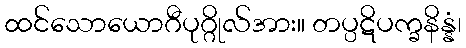
ထင်သောယောဂီပုဂ္ဂိုလ်အား။ တပ္ပဋိပက္ခနိန္နံ၊